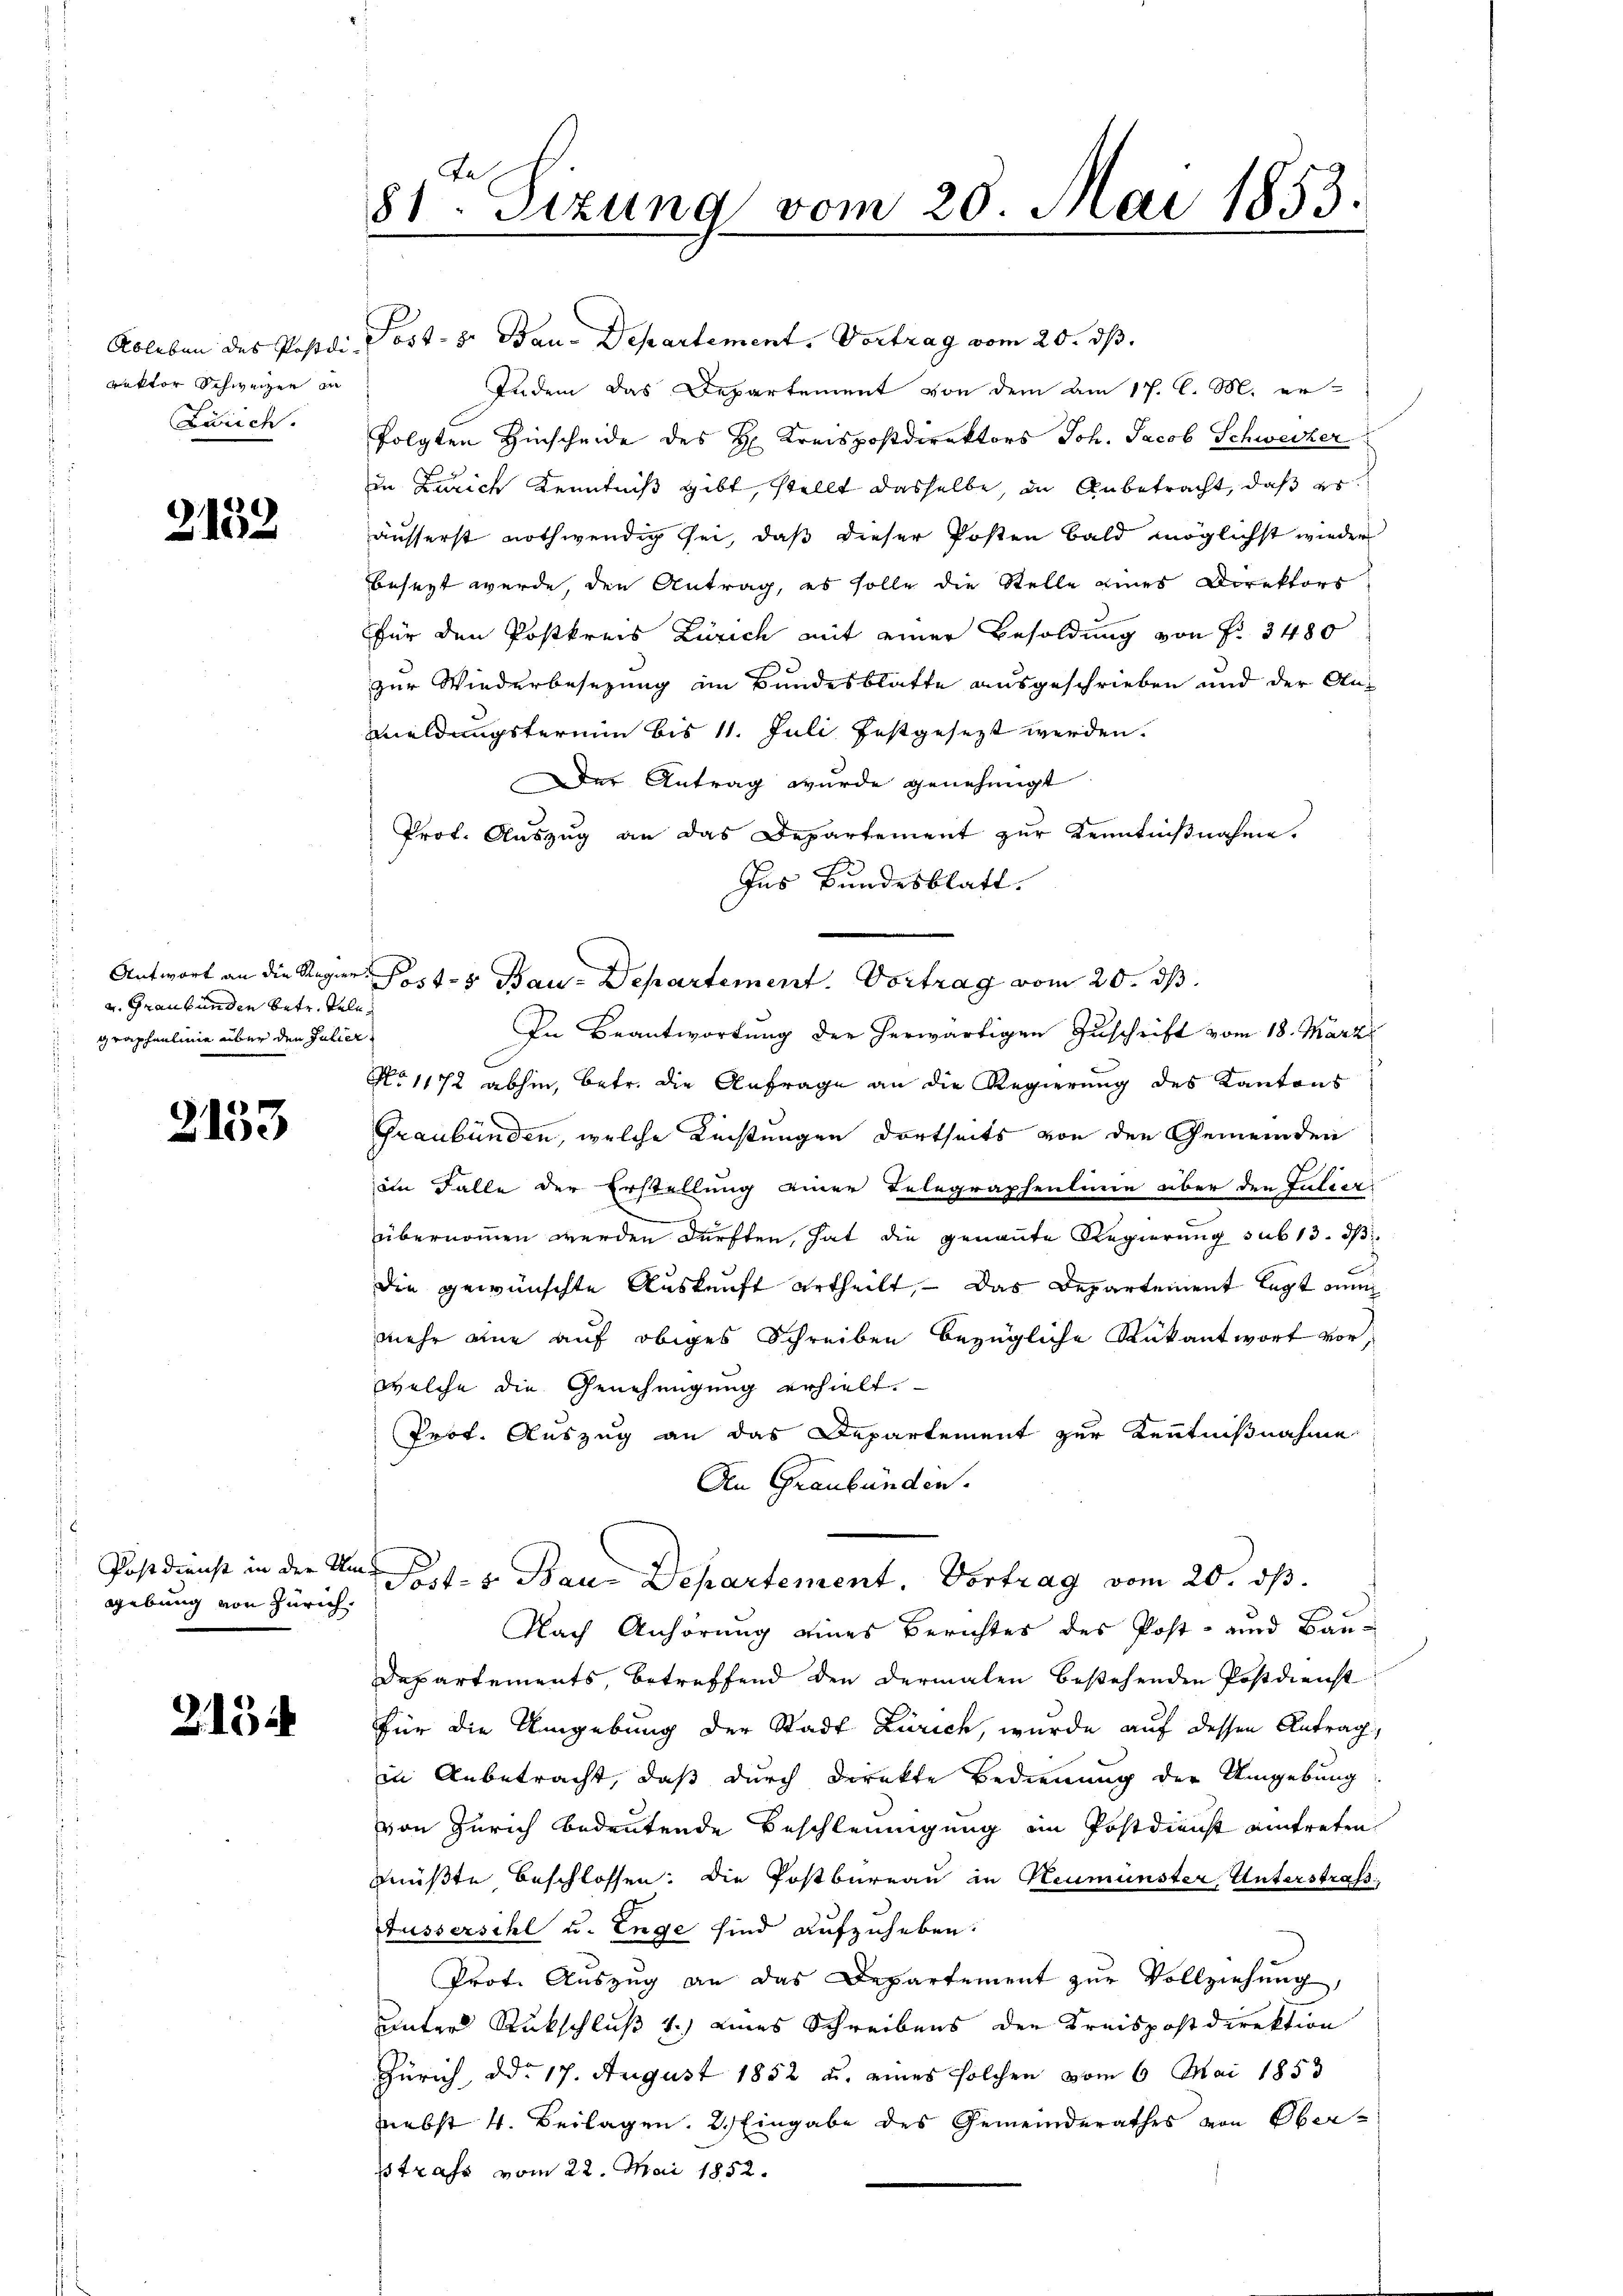
Ableben des Postdirektor Schweizen in
Laich.

2152

u. Graubünden betr. Tele
graphenlinie über den Julier

2153

Postdienst in der Un
gebung von Zürich.

215

81. Sizung vom 20. Mai 1853.

Post. z. Bau-Departement. Vortrag vom 20. ds.
Indem das Departement von dem am 17. d. M. er-
folgten Hinscheide des H. Kreispostdirektors Joh. Jacob Schwecker
in Zürich Kenntniß gibt, stellt dasselbe, in Anbetracht, daß er
äusserst nothwendig sei, daß dieser Posten bald möglichst wieder
besezt werde, den Antrag, es solle die Stelle eines Direktors
für den Postkreis Zürich mit einer Besoldung von Fr. 3480
zur Wiederbesezung im Bundesblatte ausgeschrieben und der An¬
Meldungstermin bis 11. Juli festgesezt werden.
Der Antrag wurde genehmigt
Prof. Auszug an das Departement zur Kenntnißnahme.
Ins Bundesblatt.
Antwort an die Regier Post- & Bau-Departement. Vortrag vom 20. ds.
In Beantwortŭng der herwärtigen Zŭschrift vom 18. März
No 1172 abhin, betr. die Anfrage an die Regierung des Kantons
Graubünden, welche Leistungen dortseits von den Gemeinden
im Falle der Erstellung einer Telegraphenlinie über den Julier
übernommen werden dürften, hat die genannte Regierung sub 13. ds
die gewünschte Auskunft ertheilt, – das Departement legt nun
mehr eine auf obiges Schreiben bezügliche Rükantwort vor,
welche die Genehmigung erhielt.
Prof. Auszug an das Departement zur Kenntnißnahme
An Graubünden.
er Part. v. Baue Departement. Vortrag vom 20. ds.
Nach Anhörung eines Berichtes des Post- und Bau¬
Departements, betreffend den dermalen bestehenden Postdienst
für die Umgebung der Stadt Zürich, wurde auf dessen Antrag,
in Anbetracht, daß durch direkte Bedienung der Umgebung
von Zürich bedeutende Beschleunigung im Postdienst eintreten
müßte beschlossen: Die Postbureau in Neumünster, Unterstraß
Aussersihl u. Enge sind aufzuheben.
Prot. Aŭszŭg an das Departement zŭr Vollziehŭng,
unter Rückschluß 1.) eines Schreibens der Kreispostdirektion
Zürich, ddo 17. August 1852 u. eines solchen vom 6. Mai 1853
nebst 4. Beilagen. 2. Eingabe des Gemeinderathes von Ober-
sstrafs vom 22. Mai 1852.